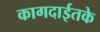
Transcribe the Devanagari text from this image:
कागदाईतके